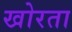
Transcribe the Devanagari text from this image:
खोरता